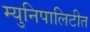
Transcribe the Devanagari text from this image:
म्युनिपालिटीत